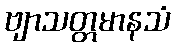
ဗျာသတ္တမာနသံ